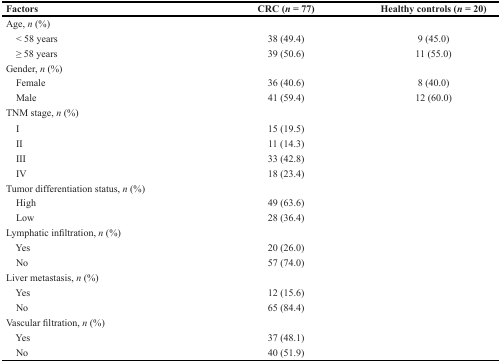
<table><thead><tr><td><b>Factors</b></td><td><b>CRC (<i>n</i> = 77)</b></td><td><b>Healthy controls (<i>n</i> = 20)</b></td></tr></thead><tbody><tr><td>Age, <i>n</i> (%)</td><td></td><td></td></tr><tr><td> &lt; 58 years</td><td>38 (49.4)</td><td>9 (45.0)</td></tr><tr><td> ≥ 58 years</td><td>39 (50.6)</td><td>11 (55.0)</td></tr><tr><td>Gender, <i>n</i> (%)</td><td></td><td></td></tr><tr><td> Female</td><td>36 (40.6)</td><td>8 (40.0)</td></tr><tr><td> Male</td><td>41 (59.4)</td><td>12 (60.0)</td></tr><tr><td>TNM stage, <i>n</i> (%)</td><td></td><td></td></tr><tr><td> I</td><td>15 (19.5)</td><td> </td></tr><tr><td> II</td><td>11 (14.3)</td><td></td></tr><tr><td> III</td><td>33 (42.8)</td><td></td></tr><tr><td> IV</td><td>18 (23.4)</td><td></td></tr><tr><td>Tumor differentiation status, <i>n</i> (%)</td><td></td><td></td></tr><tr><td> High</td><td>49 (63.6)</td><td> </td></tr><tr><td> Low</td><td>28 (36.4)</td><td></td></tr><tr><td>Lymphatic infiltration, <i>n</i> (%)</td><td></td><td></td></tr><tr><td> Yes</td><td>20 (26.0)</td><td></td></tr><tr><td> No</td><td>57 (74.0)</td><td></td></tr><tr><td>Liver metastasis, <i>n</i> (%)</td><td></td><td></td></tr><tr><td> Yes</td><td>12 (15.6)</td><td> </td></tr><tr><td> No</td><td>65 (84.4)</td><td></td></tr><tr><td>Vascular filtration, <i>n</i> (%)</td><td></td><td></td></tr><tr><td> Yes</td><td>37 (48.1)</td><td> </td></tr><tr><td> No</td><td>40 (51.9)</td><td></td></tr></tbody></table>